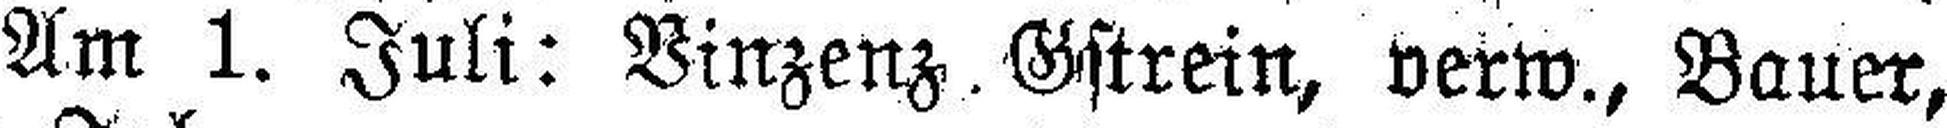
Am 1. Juli: Vinzenz. Gstrein, verw., Bauer,